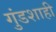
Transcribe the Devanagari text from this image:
गुंडशाही